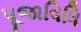
પૂજાવિધિ